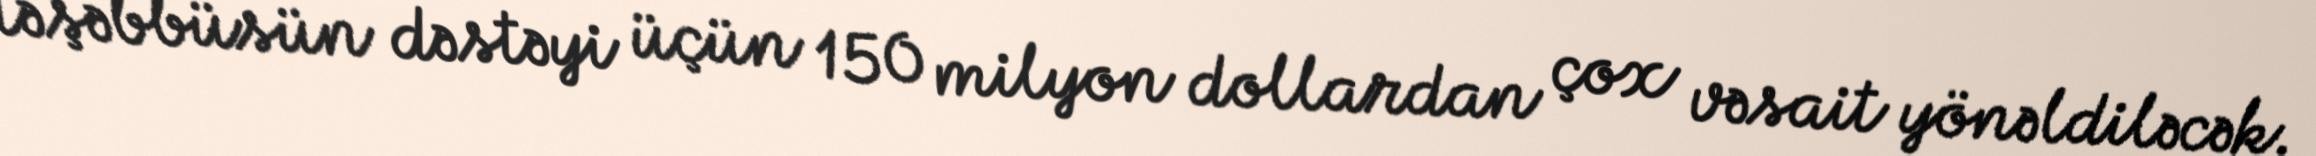
təşəbbüsün dəstəyi üçün 150 milyon dollardan çox vəsait yönəldiləcək.